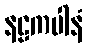
နဠကပါနံ